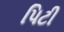
પિટી